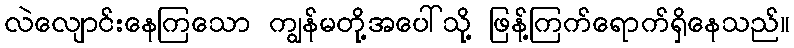
လဲလျောင်းနေကြသော ကျွန်မတို့အပေါ်သို့ ဖြန့်ကြက်ရောက်ရှိနေသည်။